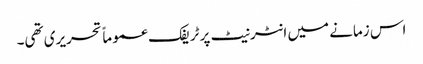
اس زمانے میں انٹرنیٹ پر ٹریفک عموماً تحریری تھی۔